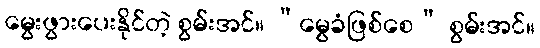
မွေးဖွားပေးနိုင်တဲ့ စွမ်းအင်။ “မွေခံဖြစ်စေ” စွမ်းအင်။